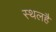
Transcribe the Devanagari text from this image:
स्थलहै